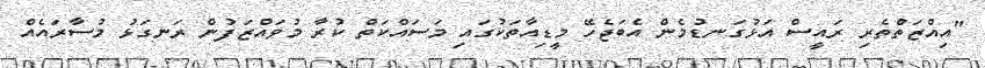
"އިއްޒަތްތެރި ރައީސް އަޅުގަނޑުމެން އެބަޖެހޭ މީޑިއާތަކުގައި މަސައްކަތް ކުރާ މުވައްޒަފުން ރަނގަޅު މުސާރައެއް